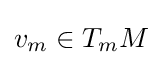
v_{m}\in T_{m}M